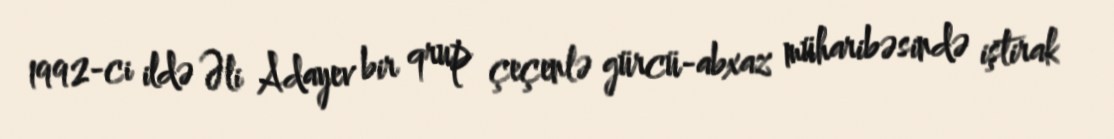
1992-ci ildə Əli Adayev bir qrup çeçenlə gürcü-abxaz müharibəsində iştirak